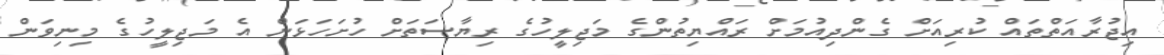
އިޖުރާއަތްތައް ކުރިއަށް ގެންދިއުމަށް ރައްޔިތުންގެ މަޖިލީހުގެ ރިޔާސަތަށް ހުށަހަޅަން އެ މަޖިލީހުގެ މިނިވަން